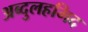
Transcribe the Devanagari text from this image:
अब्दुलहमिद